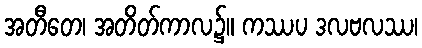
အတီတေ၊ အတိတ်ကာလ၌။ ကဿပ ဒလဗလဿ၊